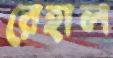
রেহাল